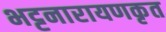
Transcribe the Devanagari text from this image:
भट्टनारायणकृत